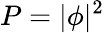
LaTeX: P=|\phi|^{2}